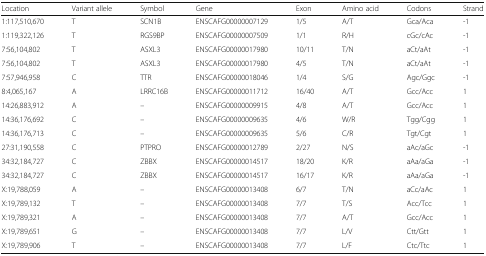
<table><thead><tr><td><b>Location</b></td><td><b>Variant allele</b></td><td><b>Symbol</b></td><td><b>Gene</b></td><td><b>Exon</b></td><td><b>Amino acid</b></td><td><b>Codons</b></td><td><b>Strand</b></td></tr></thead><tbody><tr><td>1:117,510,670</td><td>T</td><td>SCN1B</td><td>ENSCAFG00000007129</td><td>1/5</td><td>A/T</td><td>Gca/Aca</td><td>-1</td></tr><tr><td>1:119,322,126</td><td>T</td><td>RGS9BP</td><td>ENSCAFG00000007509</td><td>1/1</td><td>R/H</td><td>cGc/cAc</td><td>-1</td></tr><tr><td>7:56,104,802</td><td>T</td><td>ASXL3</td><td>ENSCAFG00000017980</td><td>10/11</td><td>T/N</td><td>aCt/aAt</td><td>-1</td></tr><tr><td>7:56,104,802</td><td>T</td><td>ASXL3</td><td>ENSCAFG00000017980</td><td>4/5</td><td>T/N</td><td>aCt/aAt</td><td>-1</td></tr><tr><td>7:57,946,958</td><td>C</td><td>TTR</td><td>ENSCAFG00000018046</td><td>1/4</td><td>S/G</td><td>Agc/Ggc</td><td>-1</td></tr><tr><td>8:4,065,167</td><td>A</td><td>LRRC16B</td><td>ENSCAFG00000011712</td><td>16/40</td><td>A/T</td><td>Gcc/Acc</td><td>1</td></tr><tr><td>14:26,883,912</td><td>A</td><td>–</td><td>ENSCAFG00000009915</td><td>4/8</td><td>A/T</td><td>Gcc/Acc</td><td>1</td></tr><tr><td>14:36,176,692</td><td>C</td><td>–</td><td>ENSCAFG00000009635</td><td>4/6</td><td>W/R</td><td>Tgg/Cgg</td><td>1</td></tr><tr><td>14:36,176,713</td><td>C</td><td>–</td><td>ENSCAFG00000009635</td><td>5/6</td><td>C/R</td><td>Tgt/Cgt</td><td>1</td></tr><tr><td>27:31,190,558</td><td>C</td><td>PTPRO</td><td>ENSCAFG00000012789</td><td>2/27</td><td>N/S</td><td>aAc/aGc</td><td>-1</td></tr><tr><td>34:32,184,727</td><td>C</td><td>ZBBX</td><td>ENSCAFG00000014517</td><td>18/20</td><td>K/R</td><td>aAa/aGa</td><td>-1</td></tr><tr><td>34:32,184,727</td><td>C</td><td>ZBBX</td><td>ENSCAFG00000014517</td><td>16/17</td><td>K/R</td><td>aAa/aGa</td><td>-1</td></tr><tr><td>X:19,788,059</td><td>A</td><td>–</td><td>ENSCAFG00000013408</td><td>6/7</td><td>T/N</td><td>aCc/aAc</td><td>1</td></tr><tr><td>X:19,789,132</td><td>T</td><td>–</td><td>ENSCAFG00000013408</td><td>7/7</td><td>T/S</td><td>Acc/Tcc</td><td>1</td></tr><tr><td>X:19,789,321</td><td>A</td><td>–</td><td>ENSCAFG00000013408</td><td>7/7</td><td>A/T</td><td>Gcc/Acc</td><td>1</td></tr><tr><td>X:19,789,651</td><td>G</td><td>–</td><td>ENSCAFG00000013408</td><td>7/7</td><td>L/V</td><td>Ctt/Gtt</td><td>1</td></tr><tr><td>X:19,789,906</td><td>T</td><td>–</td><td>ENSCAFG00000013408</td><td>7/7</td><td>L/F</td><td>Ctc/Ttc</td><td>1</td></tr></tbody></table>